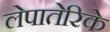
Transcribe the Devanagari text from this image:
लेपातेरिके